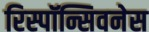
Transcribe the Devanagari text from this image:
रिस्पॉन्सिवनेस